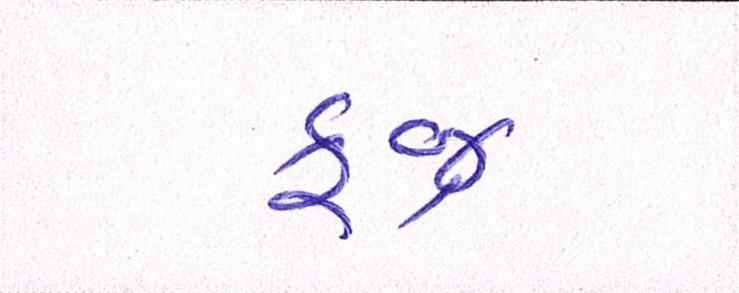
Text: ફજ્ર